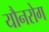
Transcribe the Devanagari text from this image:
यौनरोग